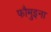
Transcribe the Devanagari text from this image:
फौमुइना